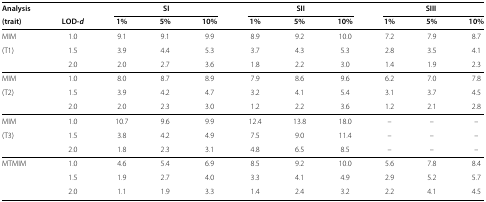
<table><thead><tr><td><b>Analysis</b></td><td><b> </b></td><td colspan="3"><b>SI</b></td><td colspan="3"><b>SII</b></td><td colspan="3"><b>SIII</b></td></tr></thead><tbody><tr><td><b>(trait)</b></td><td><b>LOD-<i>d</i></b></td><td><b>1%</b></td><td><b>5%</b></td><td><b>10%</b></td><td><b>1%</b></td><td><b>5%</b></td><td><b>10%</b></td><td><b>1%</b></td><td><b>5%</b></td><td><b>10%</b></td></tr><tr><td>MIM</td><td>1.0</td><td>9.1</td><td>9.1</td><td>9.9</td><td>8.9</td><td>9.2</td><td>10.0</td><td>7.2</td><td>7.9</td><td>8.7</td></tr><tr><td>(T1)</td><td>1.5</td><td>3.9</td><td>4.4</td><td>5.3</td><td>3.7</td><td>4.3</td><td>5.3</td><td>2.8</td><td>3.5</td><td>4.1</td></tr><tr><td> </td><td>2.0</td><td>2.0</td><td>2.7</td><td>3.6</td><td>1.8</td><td>2.2</td><td>3.0</td><td>1.4</td><td>1.9</td><td>2.3</td></tr><tr><td>MIM</td><td>1.0</td><td>8.0</td><td>8.7</td><td>8.9</td><td>7.9</td><td>8.6</td><td>9.6</td><td>6.2</td><td>7.0</td><td>7.8</td></tr><tr><td>(T2)</td><td>1.5</td><td>3.9</td><td>4.2</td><td>4.7</td><td>3.2</td><td>4.1</td><td>5.4</td><td>3.1</td><td>3.7</td><td>4.5</td></tr><tr><td> </td><td>2.0</td><td>2.0</td><td>2.3</td><td>3.0</td><td>1.2</td><td>2.2</td><td>3.6</td><td>1.2</td><td>2.1</td><td>2.8</td></tr><tr><td>MIM</td><td>1.0</td><td>10.7</td><td>9.6</td><td>9.9</td><td>12.4</td><td>13.8</td><td>18.0</td><td>–</td><td>–</td><td>–</td></tr><tr><td>(T3)</td><td>1.5</td><td>3.8</td><td>4.2</td><td>4.9</td><td>7.5</td><td>9.0</td><td>11.4</td><td>–</td><td>–</td><td>–</td></tr><tr><td> </td><td>2.0</td><td>1.8</td><td>2.3</td><td>3.1</td><td>4.8</td><td>6.5</td><td>8.5</td><td>–</td><td>–</td><td>–</td></tr><tr><td>MTMIM</td><td>1.0</td><td>4.6</td><td>5.4</td><td>6.9</td><td>8.5</td><td>9.2</td><td>10.0</td><td>5.6</td><td>7.8</td><td>8.4</td></tr><tr><td> </td><td>1.5</td><td>1.9</td><td>2.7</td><td>4.0</td><td>3.3</td><td>4.1</td><td>4.9</td><td>2.9</td><td>5.2</td><td>5.7</td></tr><tr><td> </td><td>2.0</td><td>1.1</td><td>1.9</td><td>3.3</td><td>1.4</td><td>2.4</td><td>3.2</td><td>2.2</td><td>4.1</td><td>4.5</td></tr></tbody></table>